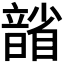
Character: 𪱐